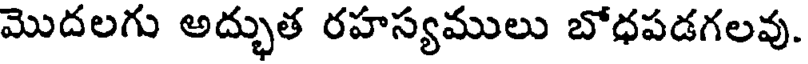
మొదలగు అద్భుత రహస్యములు బోధపడగలవు.